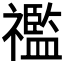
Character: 𥜓